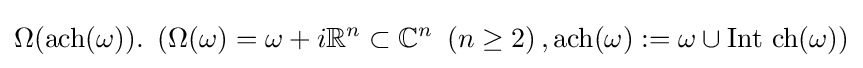
\Omega ({\text{ach}}(\omega )).\ \left(\Omega (\omega )=\omega +i\mathbb {R} ^{n}\subset \mathbb {C} ^{n}\ \left(n\geq 2\right),{\text{ach}}(\omega ):=\omega \cup {\text{Int}}\ {\text{ch}}(\omega )\right)